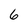
Character: 6